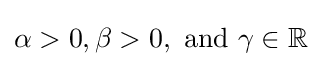
\alpha >0,\beta >0,{\text{ and }}\gamma \in \mathbb {R}